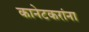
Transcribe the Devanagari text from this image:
कानेटकरांना